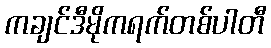
ကချင်ဒီမိုကရက်တစ်ပါတီ